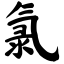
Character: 氯